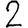
Digit: 2